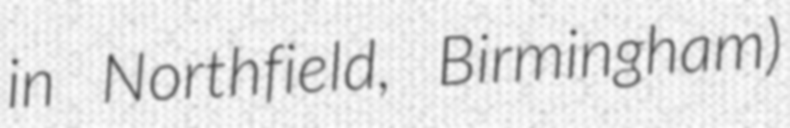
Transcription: in Northfield, Birmingham)